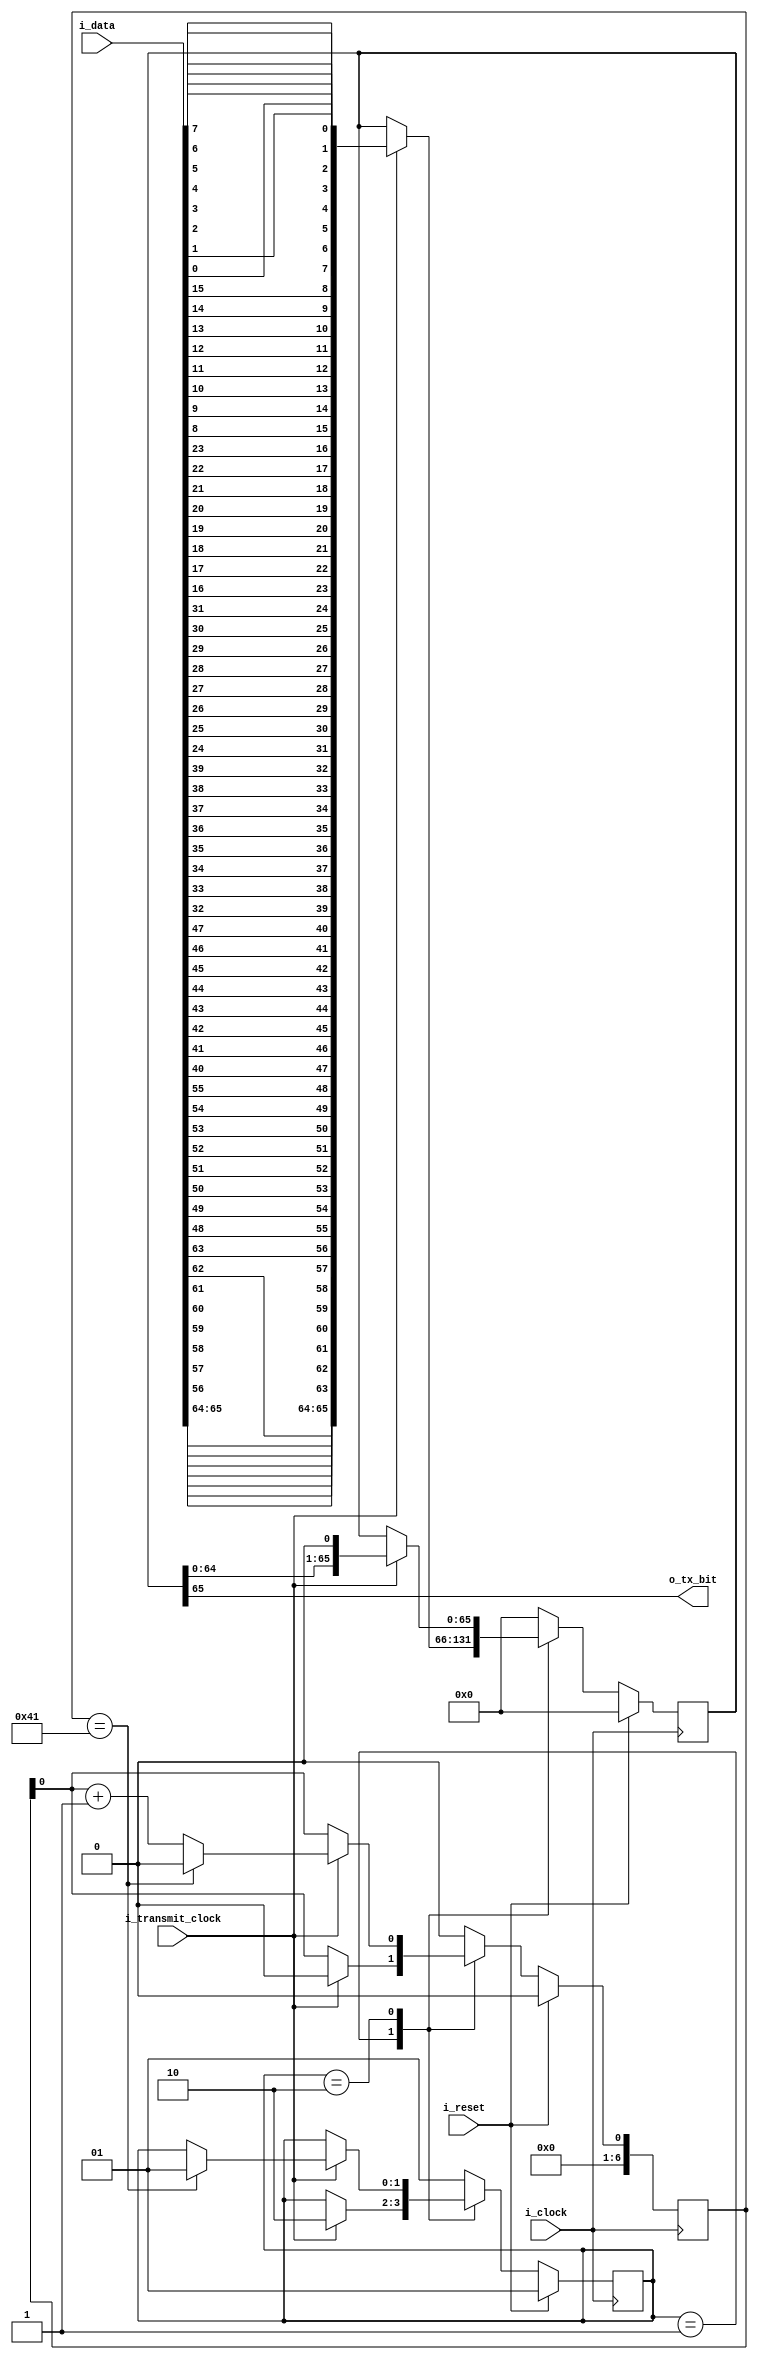
module serial_transmitter
#(
	parameter LEN_CODED_BLOCK = 66
 )
 (
 	input  wire 						i_clock 		 , //system clock
 	input  wire 						i_reset 		 ,
 	input  wire 						i_transmit_clock , // bit transmit rate
 	input  wire [LEN_CODED_BLOCK-1 : 0] i_data 			 ,

 	//output wire 						o_IS_UNIT_DATA   , //pulso p indicar transmision de datos???
 	output wire 						o_tx_bit		 
 );

//LOCALPARAMS
localparam BYTE_0 = LEN_CODED_BLOCK-3; // resto 3 para empezar en la posicion 63
localparam BYTE_1 = LEN_CODED_BLOCK-3-8;
localparam BYTE_2 = LEN_CODED_BLOCK-3-16;
localparam BYTE_3 = LEN_CODED_BLOCK-3-24;
localparam BYTE_4 = LEN_CODED_BLOCK-3-32;
localparam BYTE_5 = LEN_CODED_BLOCK-3-40;
localparam BYTE_6 = LEN_CODED_BLOCK-3-48;
localparam BYTE_7 = LEN_CODED_BLOCK-3-56;
//states
localparam WAIT_DATA = 2'b01;
localparam SEND_DATA = 2'b10;

localparam NB_COUNTER = $clog2(LEN_CODED_BLOCK);




//INTERNAL SIGNALS
reg  [NB_COUNTER-1 : 0] 	 data_counter;
reg  [LEN_CODED_BLOCK-1 : 0] data_reg, data_bit_reversed, tx_data_next; 
reg  [1 : 0]				 state, state_next;

//aux registers
reg [1:0] sh;
reg [0:7] reversed_byte_0;
reg [0:7] reversed_byte_1;
reg [0:7] reversed_byte_2;
reg [0:7] reversed_byte_3;
reg [0:7] reversed_byte_4;
reg [0:7] reversed_byte_5;
reg [0:7] reversed_byte_6;
reg [0:7] reversed_byte_7;

assign o_tx_bit = data_reg[LEN_CODED_BLOCK-1];

always @(posedge i_clock)begin

    if(i_reset)
    begin
        data_counter <= 0;
        state 		 <= WAIT_DATA;
        data_reg 	 <= {LEN_CODED_BLOCK{1'b0}};
    end
    else
    begin
        data_counter <= data_counter_next;
        state 		 <= state_next;
        data_reg 	 <= tx_data_next;
    end

end

always @ * begin


   state_next = state;
   tx_data_next = data_reg;
   data_counter_next = data_counter;

   case (state)

        WAIT_DATA:
        begin
            if(i_transmit_clock)
            begin
                state_next = SEND_DATA;
                data_counter_next = 0; //verificar 0 o 1
                tx_data_next = data_bit_reversed; 
            end
        end
        
     
        SEND_DATA:
        begin
            if(i_transmit_clock)  
            begin   
                    tx_data_next = data_reg << 1;
                    if(data_counter == (LEN_CODED_BLOCK - 1)) 
                    begin
                        state_next = WAIT_DATA;
                        data_counter_next = 0;
                    end
                    else
                    begin
                        data_counter_next = data_counter + 1;
                    end
            end
        end
        default:
        begin
            state_next = WAIT_DATA;
            tx_clock_counter_next = 0;
            data_counter_next = 0;
            tx_data_next = 0;
            tx_next = 1'b1;
        end

   endcase

end



always @ *
begin //bit reversal

data_bit_reversed = {LEN_CODED_BLOCK{1'b0}};
sh 				  = i_data[LEN_CODED_BLOCK-1 -: 2];

reverse_byte( i_data[BYTE_0 -: 8], reversed_byte_0 );
reverse_byte( i_data[BYTE_1 -: 8], reversed_byte_1 );
reverse_byte( i_data[BYTE_2 -: 8], reversed_byte_2 );
reverse_byte( i_data[BYTE_3 -: 8], reversed_byte_3 );
reverse_byte( i_data[BYTE_4 -: 8], reversed_byte_4 );
reverse_byte( i_data[BYTE_5 -: 8], reversed_byte_5 );
reverse_byte( i_data[BYTE_6 -: 8], reversed_byte_6 );
reverse_byte( i_data[BYTE_7 -: 8], reversed_byte_7 );

data_bit_reversed =
	{sh, reversed_byte_0, reversed_byte_1, reversed_byte_2, reversed_byte_3,
	 	 reversed_byte_4, reversed_byte_5, reversed_byte_6, reversed_byte_7 };
end

//task para hacer el reverso de un byte
task automatic reverse_byte;

input  [7:0] byte_in;
output [7:0] byte_out; 
integer i;
begin
	for(i=0; i < 8; i=i+1)
		byte_out[i] = byte_in[7-i];
end
endtask


endmodule